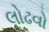
લોઢવો